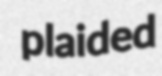
plaided